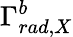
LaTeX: \Gamma_{rad,X}^{b}